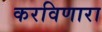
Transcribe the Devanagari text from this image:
करविणारा